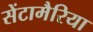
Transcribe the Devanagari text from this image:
सेंटामैरिया